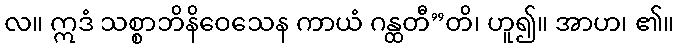
လ။ ဣဒံ သစ္စာဘိနိဝေသေန ကာယံ ဂန္ထတီ”တိ၊ ဟူ၍။ အာဟ၊ ၏။